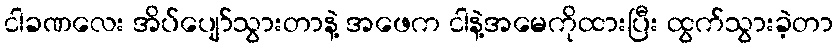
ငါခဏလေး အိပ်ပျော်သွားတာနဲ့ အဖေက ငါနဲ့အမေကိုထားပြီး ထွက်သွားခဲ့တာ